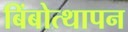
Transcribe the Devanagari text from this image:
बिंबोत्थापन